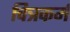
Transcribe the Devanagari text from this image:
चित्रकर्म